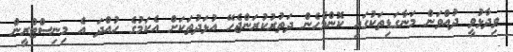
ވިދާޅުވީ ދުއްވަން މަނާގަޑިތަކުގައި ކޮންމެހެން ދަތުރުކުރަންޖެހޭ އުޅަދުތަކަށް އެކަމުގެ ހުއްދަ އެ މިނިސްޓްރީން